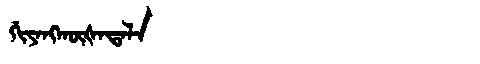
Manchu: ᡤᡳᠶᠠᠩᡴᡡᡧᠠᡨᠠᠯᠠ
Romanization: GIYANGKŪŠATALA